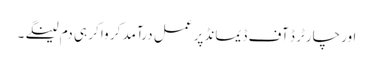
اور چارٹر ڈ آف ڈیمانڈ پر عمل درآمد کر وا کر ہی دم لینگے ۔